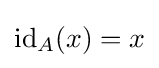
{\text{id}}_{A}(x)=x